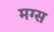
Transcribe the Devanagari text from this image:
मग्स